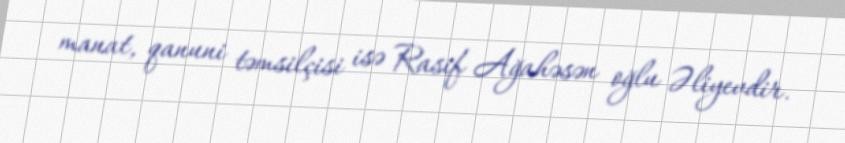
manat, qanuni təmsilçisi isə Rasif Ağahəsən oğlu Əliyevdir.